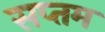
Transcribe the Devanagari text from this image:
सप्‍तम